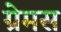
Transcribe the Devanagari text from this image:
ग्रेमस